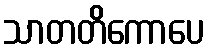
သာတတိကောပေ